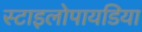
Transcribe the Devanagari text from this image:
स्टाइलोपायडिया